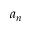
a _ { n }